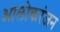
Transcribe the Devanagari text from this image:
आलोकरंजन